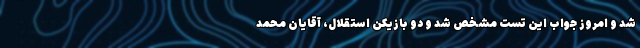
شد و امروز جواب این تست مشخص شد و دو بازیکن استقلال، آقایان محمد